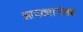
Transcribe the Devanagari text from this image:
आपट्यांनंतर